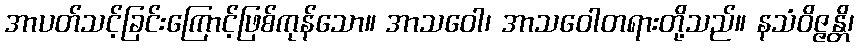
အာပတ်သင့်ခြင်းကြောင့်ဖြစ်ကုန်သော။ အာသဝေါ၊ အာသဝေါတရားတို့သည်။ နသံဝိဇ္ဇန္တိ၊